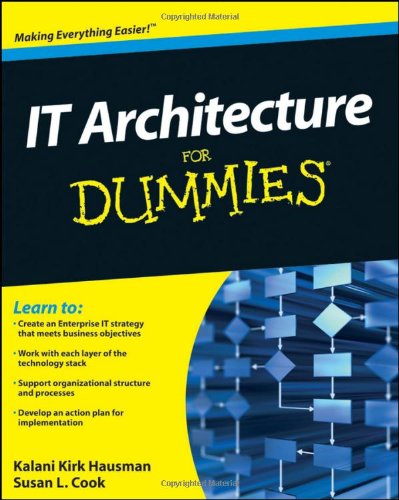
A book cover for IT Architecture For Dummies; Kalani Kirk Hausman; Computers & Technology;